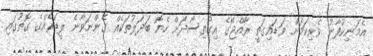
އެމަނިކުފާނު ވެރިކަމަށް ވަޑައިގަތީ ރާއްޖޭގެ އިގުތިސޯދަށް ހެޔޮ ބަދަލުތަކެެއް ގެންނަވާނެ ލީޑަރެއްގެ ގޮތުގައި